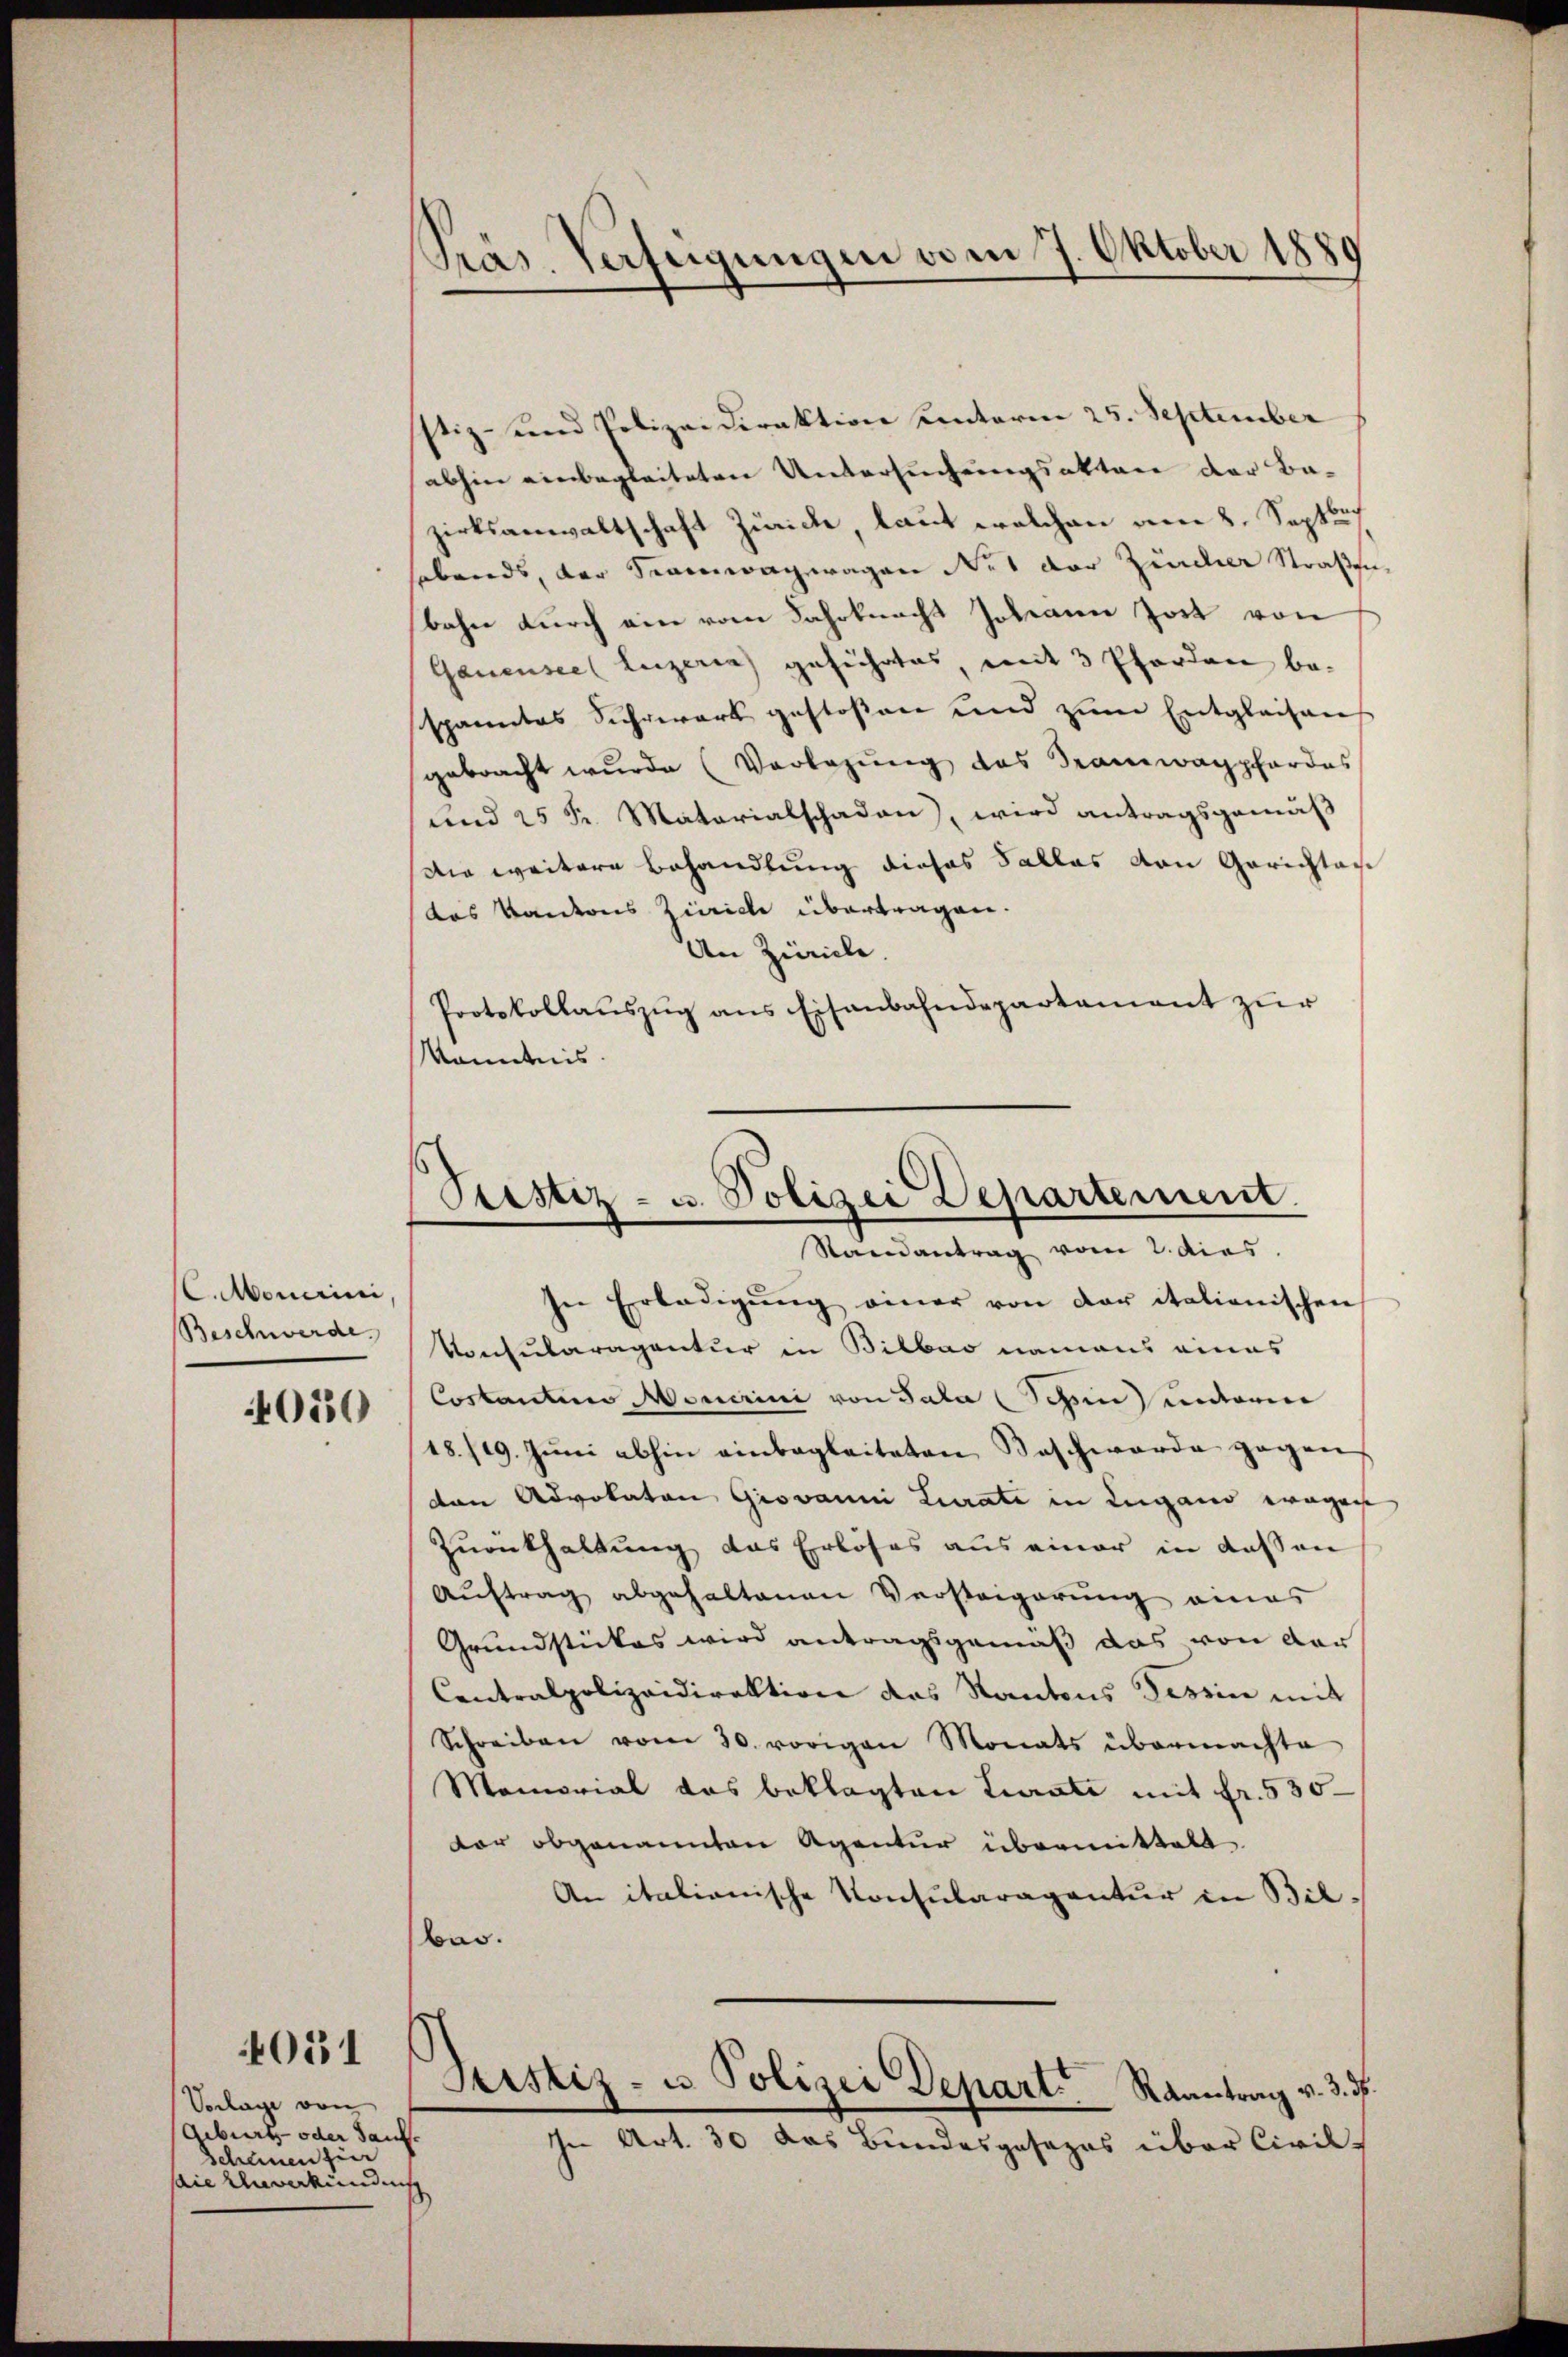
C.Monerini,
Beschwerde.
0550

051

Vorlage von
(Geburt, oder Sauf.
Scheinen zier
saie Unverkündung

Präs. Verfügungen vom 7. Oktober 1880

stiz- und Polizei Direktion unterm 25. September
abhin einbegleiteten Untersuchungsakten der Bazirksanwaltschaft Zürich, laut welchen am 8. Septb
abends, der Samwagwagen Not der Zürcher Straßen,
bahn durch ein vom Jahrknacht sodann Jost von
Ganensee (Luzern geführtes mit 3 Pferden bespanntes Suhrwerk gestoßen und zŭm Entgleichen
gebracht wurde (Vorlegung des Tramwappfordes
und 25 Fr. Materialschaden, wird antragsgemäß
Die weitere Behandlung dieses Sallas von Gerichtau
das Kantons Zürich übertragen.
An Zürich
Protokollaŭszŭg ans Eisenbahndepartament zur
Kenntnis.
In Erledigŭng einer von der italienischen
Konsularagentur in Bilbar namens eines
Costantiis Monerini von Sala Schön unterm
18./19. Jŭni abhin einbegleiteten Beschwerde gegen
don Advokaton Giovanni Lurate in Lugano wegen
Zurückhaltung das Erlöses aus einer in dessen
Auftrag abgehaltenen Versteigerung eines
Grundstückes wird antragsgemäß das von der
Contralpolizeidirektion das Kantons Tessin mit
Schreiben vom 30. vorigen Monats übermachte
Memorial das beklagten Curate mit Fr. 530
dor obgenannten Agentur übermittelt
An italianische Konsularagentur in Bil-
bar.
Sistiz- u. Polizei Depart Raantrag v. 3. d.
In Art. 30 das Bundesgesezes über Civil-

Prestiz- u. Polizei Departement.
Randantrag vom 2. dies